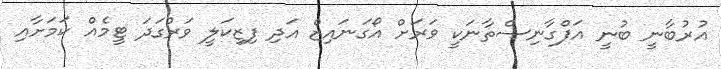
އުރުބާނީ ބުނީ އަފްގާނިސްތާނަކީ ވަރަށް އޯގަނައިޒް އަދި ފިޒިކަލީ ވަރުގަދަ ޓީމެއް ކަމަށާއި